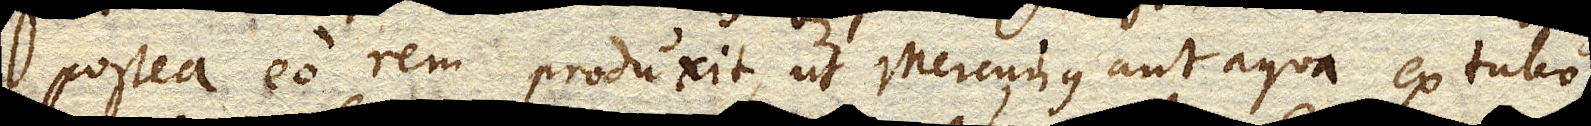
postea eo rem produxit, ut Mercurius aut aqua ex Tubo